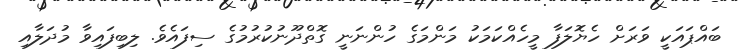
ބައްޕައަކީ ވަރަށް ހެޔޮލަފާ މީހެއްކަމަކު މަންމަގެ ހުންނަނީ ގޮތްދޫނުކުރުމުގެ ސިފައެވެ. ލިބިފައިވާ މުދަލާއި